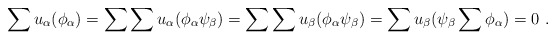
\begin{align*}\sum u_{\alpha}(\phi_{\alpha})=\sum \sum u_{\alpha}(\phi_{\alpha}\psi_{\beta})= \sum \sum u_{\beta}(\phi_{\alpha}\psi_{\beta})=\sum u_{\beta}(\psi_{\beta} \sum \phi_{\alpha})=0\,\,.\end{align*}